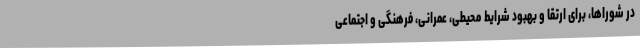
در شوراها، برای ارتقا و بهبود شرایط محیطی، عمرانی، فرهنگی و اجتماعی